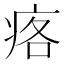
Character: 𱱓